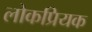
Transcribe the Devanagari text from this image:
लोकप्रियक